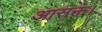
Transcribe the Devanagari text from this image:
आसक्त।